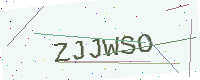
Text: ZJJWSO